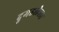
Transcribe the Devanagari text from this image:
दुमडलेला